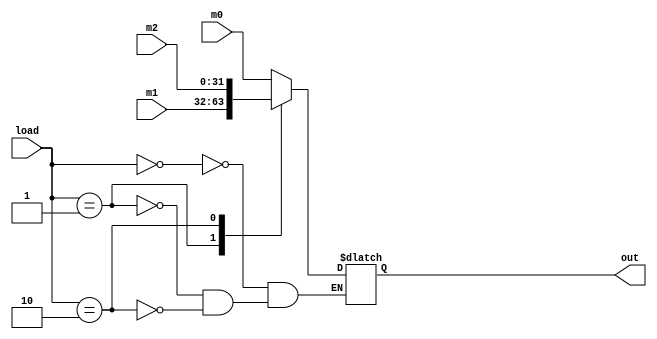
`timescale 1ns / 1ps
//////////////////////////////////////////////////////////////////////////////////
// Company: 
// Engineer: 
// 
// Design Name: 
// Module Name: Mux4x2
// Project Name: 
// Target Devices: 
// Tool Versions: 
// Description: 
// 
// Dependencies: 
// 
// Revision:
// Revision 0.01 - File Created
// Additional Comments:
// 
//////////////////////////////////////////////////////////////////////////////////


module Mux4x2 #(parameter N=32)(input [1:0] load, input[N-1:0] m0, m1, m2, output reg [N-1:0]out);
always @(*)
begin
case(load)
2'b00: out <= m0;
2'b01: out <= m1;
2'b10: out <= m2;

endcase 
end
endmodule